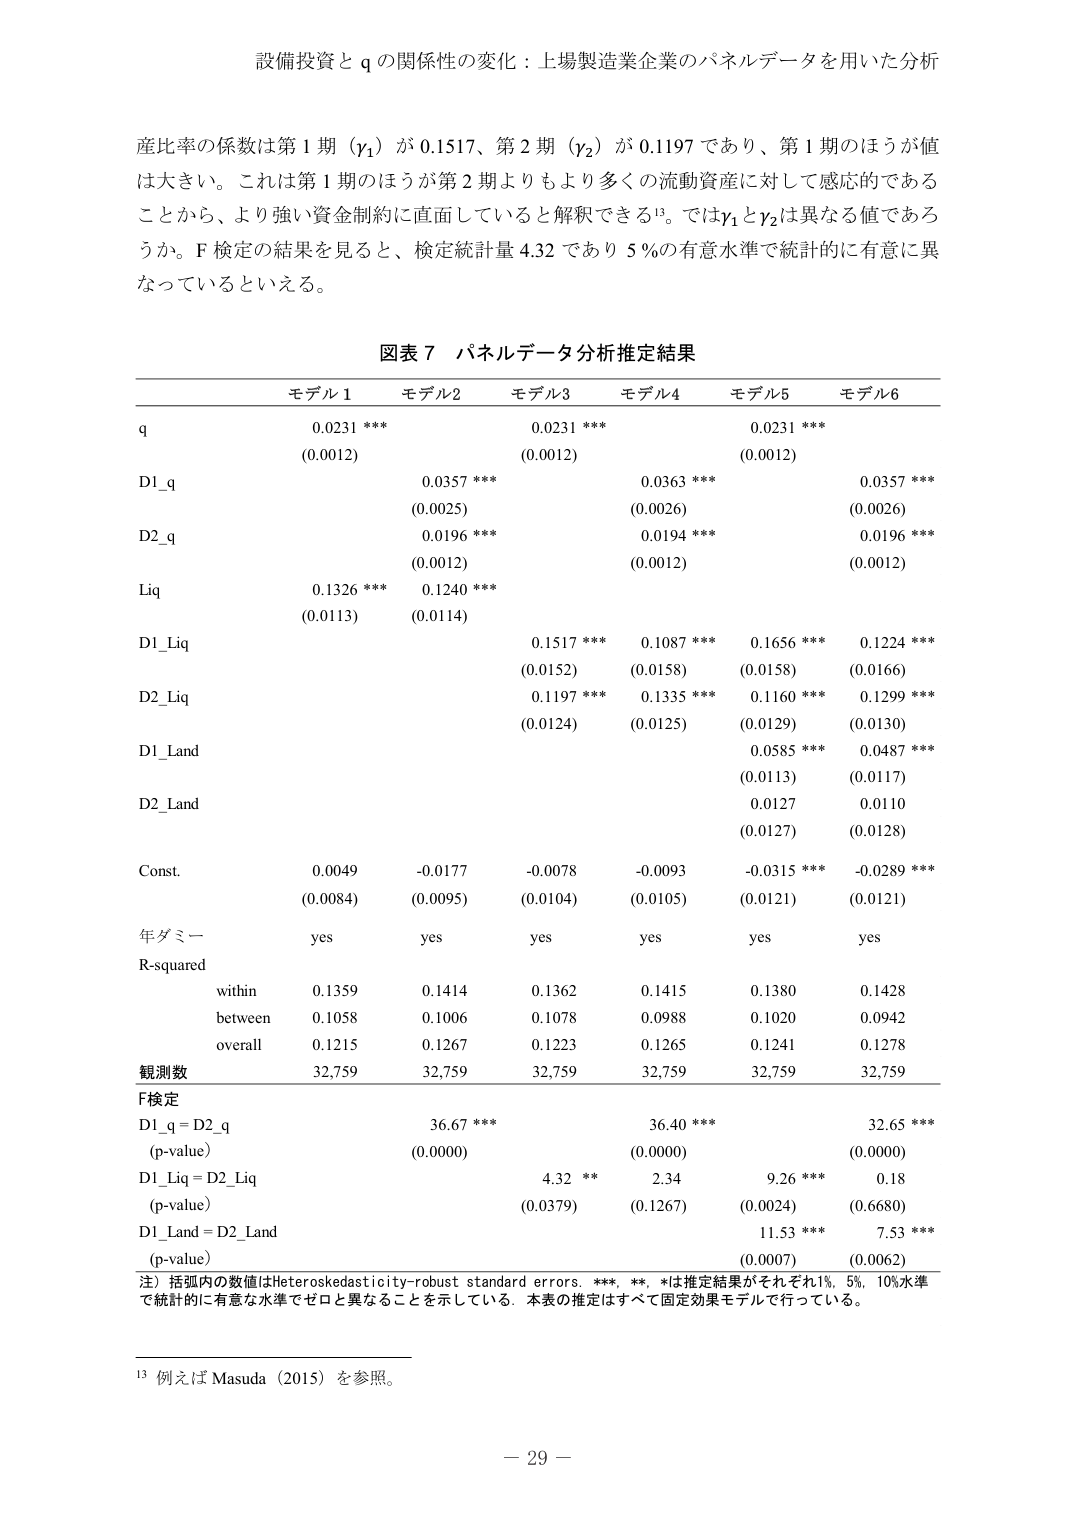
設備投資と q の関係性の変化：上場製造業企業のパネルデータを用いた分析

産比率の係数は第 1 期（γ₁）が 0.1517、第 2 期（γ₂）が 0.1197 であり、第 1 期のほうが値は大きい。これは第 1 期のほうが第 2 期よりもより多くの流動資産に対して感応的であることから、より強い資金制約に直面していると解釈できる¹³。ではγ₁とγ₂は異なる値であろうか。F 検定の結果を見ると、検定統計量 4.32 であり 5％の有意水準で統計的に有意に異なっているといえる。

図表 7 パネルデータ分析推定結果

モデル1 モデル2 モデル3 モデル4 モデル5 モデル6
q 0.0231 *** 0.0231 *** 0.0231 ***
(0.0012) (0.0012) (0.0012)
D1_q 0.0357 *** 0.0363 *** 0.0357 ***
(0.0025) (0.0026) (0.0026)
D2_q 0.0196 *** 0.0194 *** 0.0196 ***
(0.0012) (0.0012) (0.0012)
Liq 0.1326 *** 0.1240 ***
(0.0113) (0.0114)
D1_Liq 0.1517 *** 0.1087 *** 0.1656 *** 0.1224 ***
(0.0152) (0.0158) (0.0158) (0.0166)
D2_Liq 0.1197 *** 0.1335 *** 0.1160 *** 0.1299 ***
(0.0124) (0.0125) (0.0129) (0.0130)
D1_Land 0.0585 *** 0.0487 ***
(0.0113) (0.0117)
D2_Land 0.0127 0.0110
(0.0127) (0.0128)
Const. 0.0049 -0.0177 -0.0078 -0.0093 -0.0315 *** -0.0289 ***
(0.0084) (0.0095) (0.0104) (0.0105) (0.0121) (0.0121)
年ダミー yes yes yes yes yes yes
R-squared
within 0.1359 0.1414 0.1362 0.1415 0.1380 0.1428
between 0.1058 0.1006 0.1078 0.0988 0.1020 0.0942
overall 0.1215 0.1267 0.1223 0.1265 0.1241 0.1278
観測数 32,759 32,759 32,759 32,759 32,759 32,759
F検定
D1_q = D2_q 36.67 *** 36.40 *** 32.65 ***
(p-value) (0.0000) (0.0000) (0.0000)
D1_Liq = D2_Liq 4.32 ** 2.34 9.26 *** 0.18
(p-value) (0.0379) (0.1267) (0.0024) (0.6680)
D1_Land = D2_Land 11.53 *** 7.53 ***
(p-value) (0.0007) (0.0062)
注）括弧内の数値はHeteroskedasticity-robust standard errors。***, **, *は推定結果がそれぞれ1%, 5%, 10%水準で統計的に有意な水準でゼロと異なることを示している。本表の推定はすべて固定効果モデルで行っている。

¹³ 例えば Masuda (2015) を参照。

－ 29 －